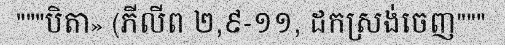
"""បិតា» (ភីលីព ២,៩-១១, ដកស្រង់ចេញ"""